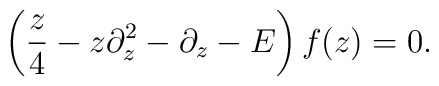
\left({z\over 4}-z\partial_z^2 -\partial_z -E\right) f(z) = 0.